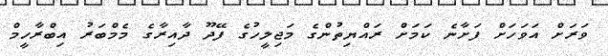
ވަރަށް އަވަހަށް ފަށާނެ ކަމަށް ރައްޔިތުންގެ މަޖިލީހުގެ ފޭދޫ ދާއިރާގެ މެމްބަރު އިބްރާހީމް